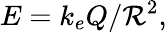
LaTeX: E=k_{e}Q/{\mathcal{R}}^{2},